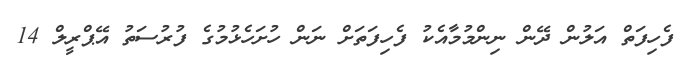
ފެހިފަތް އަލުން ދޭން ނިންމުމާއެކު ފެހިފަތަށް ނަން ހުށަހެޅުމުގެ ފުރުސަތު އޭޕްރީލް 14